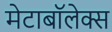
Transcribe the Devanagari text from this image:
मेटाबॉलेक्स